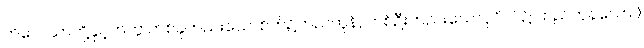
ကိလေသာတို့နှင့်တကွ တစ်ခုတည်းသောစိတ်၌တည်ကုန်, တစ်ဦးတည်းသောပုဂ္ဂိုလ်၌ တည်ကုန်သော။)